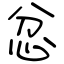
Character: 忿